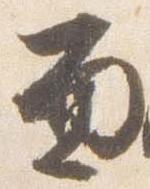
面